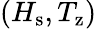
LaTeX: (H_{\mathrm{s}},T_{\mathrm{z}})